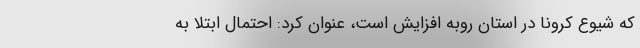
که شیوع کرونا در استان روبه افزایش است، عنوان کرد: احتمال ابتلا به